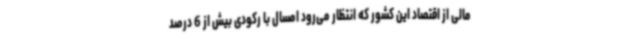
مالی از اقتصاد این کشور که انتظار می‌رود امسال با رکودی بیش از 6 درصد